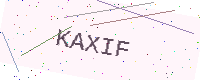
Text: KAXIF